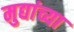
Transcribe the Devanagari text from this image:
मुद्यांच्या